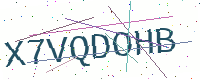
Text: X7VQDOHB